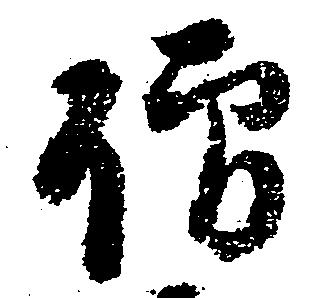
僧